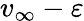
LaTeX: v_{\infty}-\varepsilon